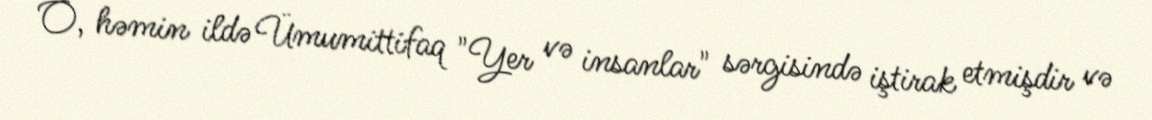
O, həmin ildə Ümumittifaq "Yer və insanlar" sərgisində iştirak etmişdir və